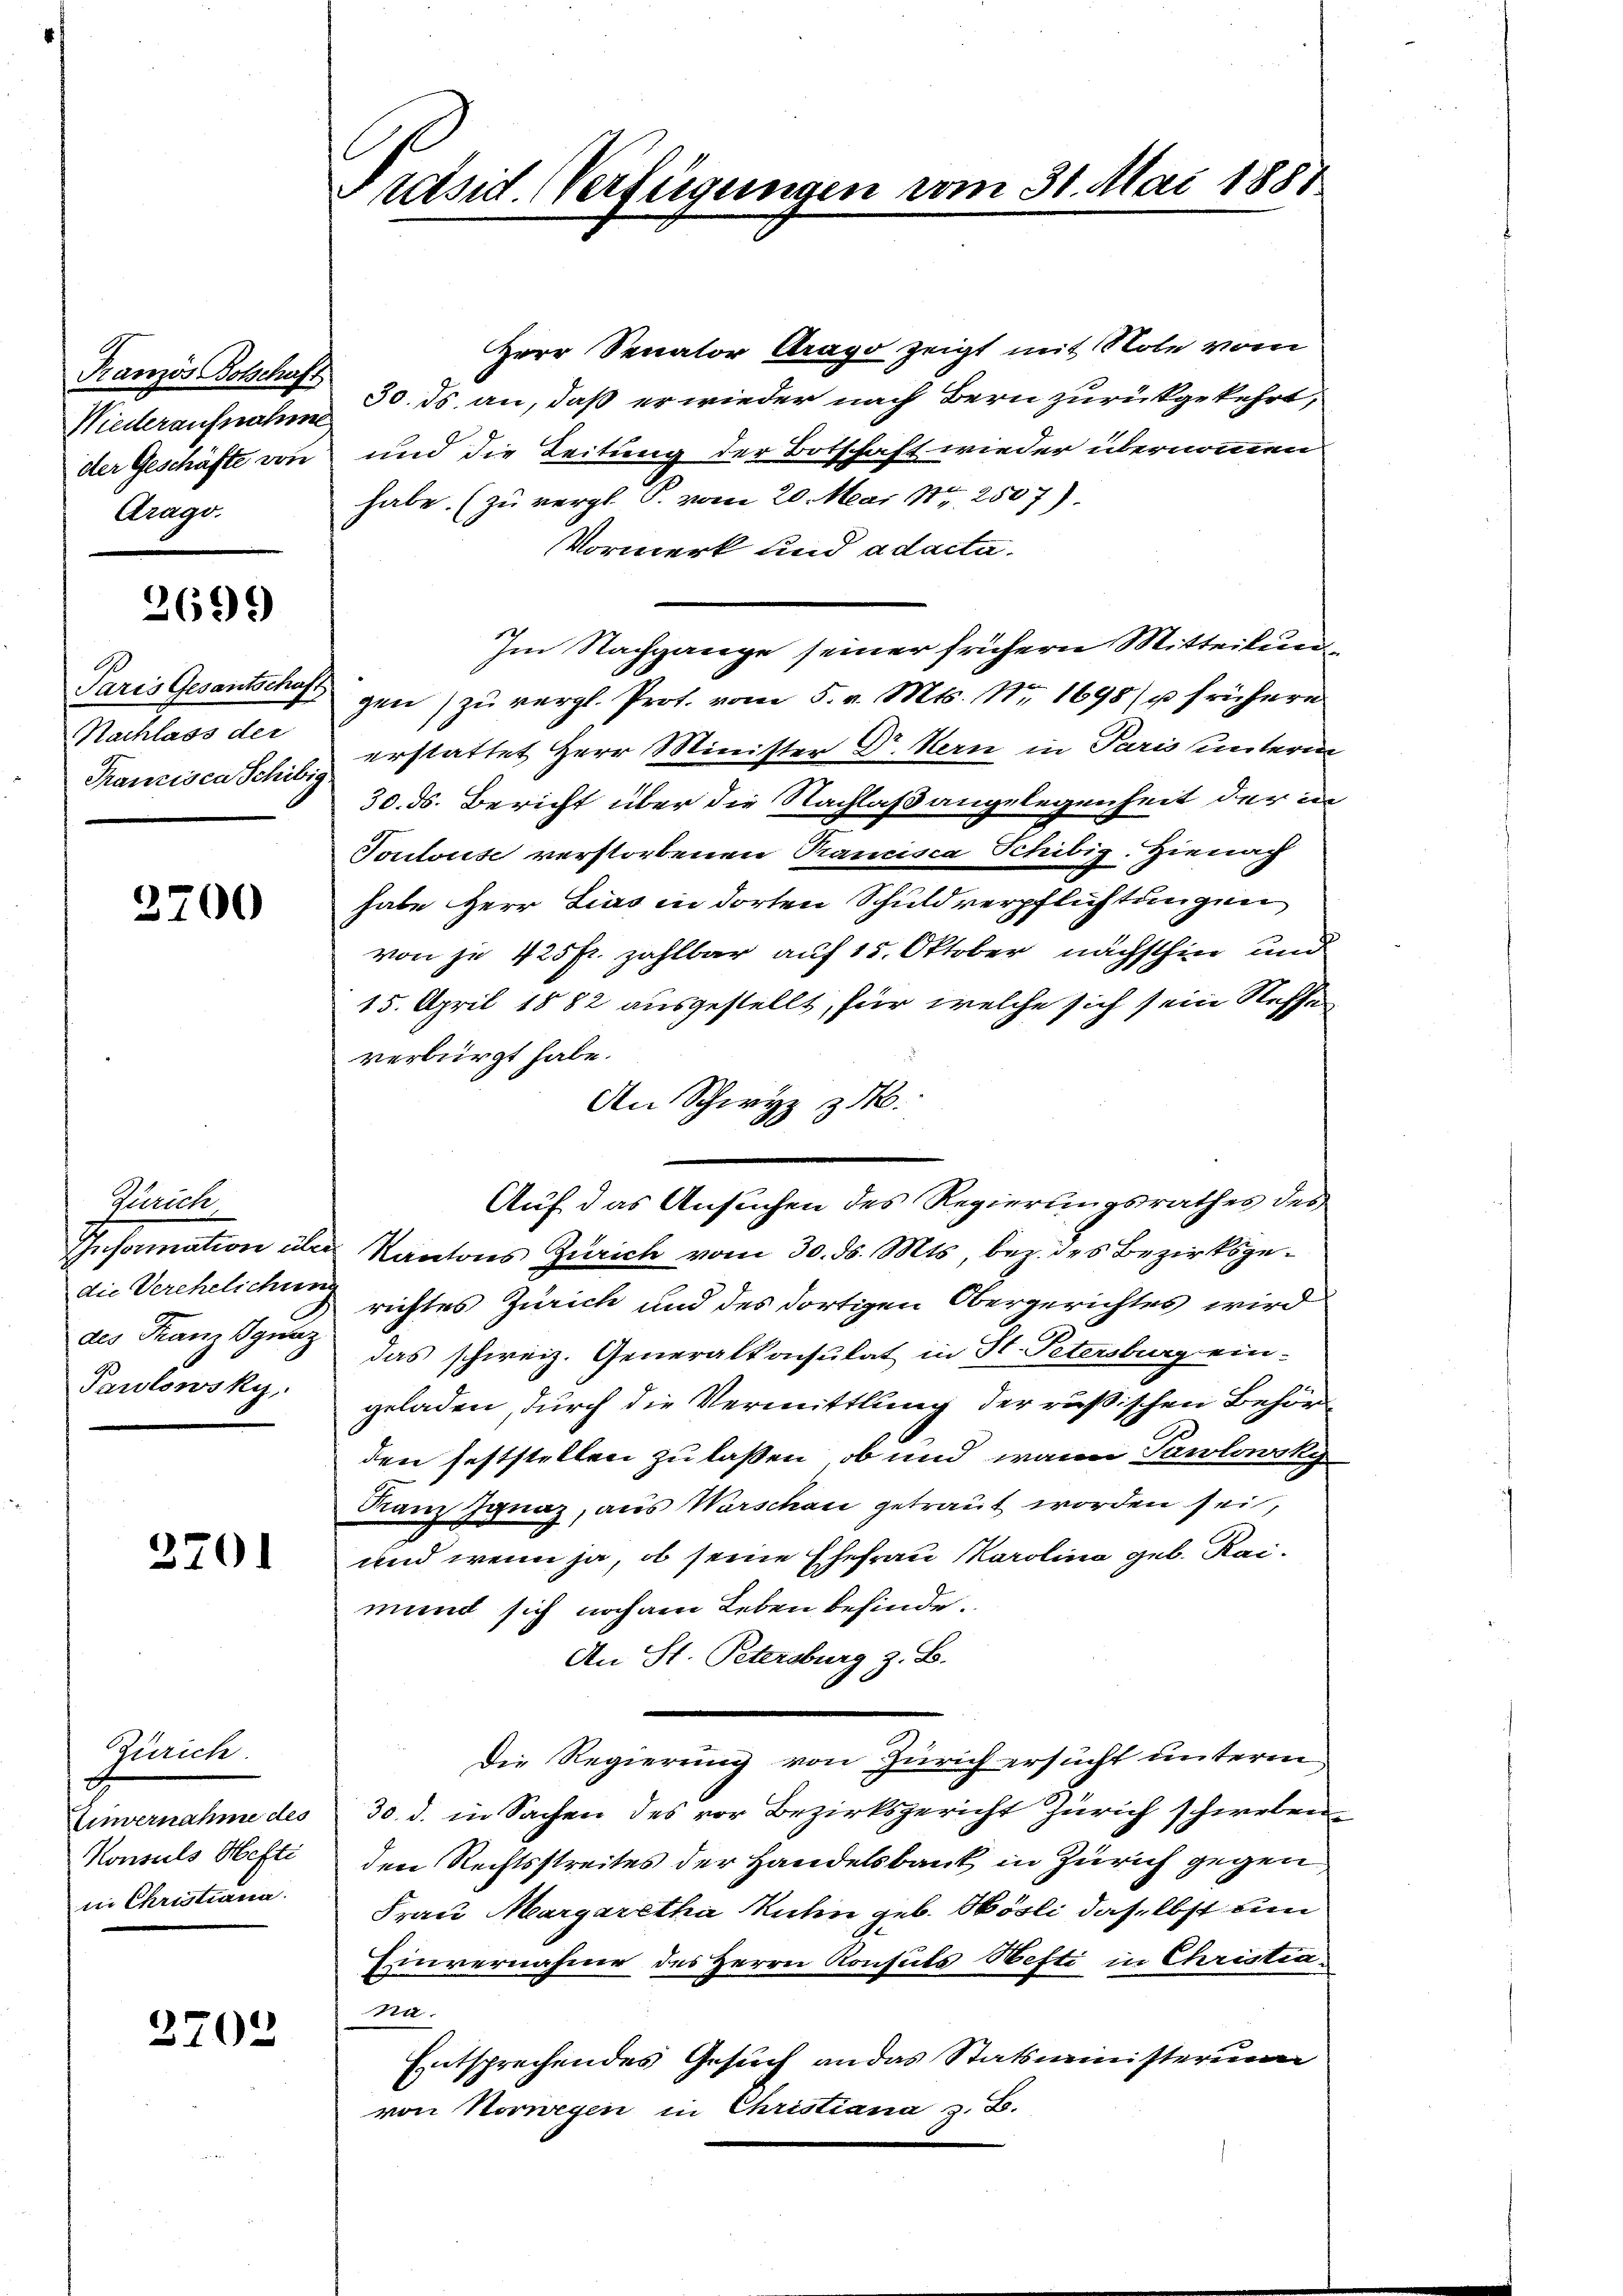
Wiederaufnahme
Arago.

2699)

Nachlass der

3700

Gerrich
Pawlowsky,

3201

Zürich.
Konsuls Hefti
in Christiana

2702

Präsid. Verfügungen

Herr Senator Drago zeigt mit Note vom
Französ Botschaft 30. ds. an, daß er wieder nach Bern zurückgekehrt,
der Geschäfte von und die Leitung der Botschaft wieder übernommen
habe. (zu vergl. P. vom 20. Mai 187. 2507).
Vormerk und adacta.
Im Nachgange seiner frühern Mitteilun
Paris Gesantschaft gen zŭ vergl. Prot. vom 5. v. Mts. Nr. 1698/ u frühern
Tancisca Schitz erstattet Herr Minister Dr. Hern in Paris unterm
30. ds. Bericht über die Nachlaßangelegenheit der in
Toulouse verstorbenen Trancisca Schibig. Hienach
habe Herr Lies in dorten Schuldverpflichtungen
von je 425 fr. zahlbar auf 15. Oktober nächsthin und
15. April 1882 ausgestellt, für welche sich sein Steffe
verbürgt habe.
An Schwyz z.
Information über Kantons Zürich vom 30. ds. Mts., bez. des Bezirksgedie Verehelichung richtes Zürich und des dortigen Obergerichtes wird
7
des Franzsging das schweiz. Generalkonsulat in St. Petersburg ein-
geladen, durch die Vermittlung der rußischen Behör
den feststellen zu laßen, ob und wann Pawlowsky
Franz Ignaz, aus Warschau getraut worden sei,
und wenn ja, ob seine Ehefrau Karolina geb. Reimund sich noch am Leben befinde.
An St. Petersburg z. B.
Die Regierung von Zürich ersucht unterm
Einvernahme des 30. d. in Sachen des vor Bezirksgericht Zürich schwebenden Rechtsstreites der Handelsbank in Zürich gegen
Frau Margaretha Ruhen geb. Bösli daselbst um
Einvernahme des Herrn Konsuls Hefti in Christia¬
Na-
Entsprechendes Gesuch an das Statsministeriu
von Norwegen in Christiana z. B.

Auf das Ansuchen des Regierungsrathes des

vom 31. Mai 1888